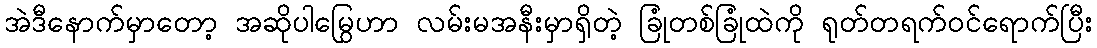
အဲဒီနောက်မှာတော့ အဆိုပါမြွေဟာ လမ်းမအနီးမှာရှိတဲ့ ခြုံတစ်ခြုံထဲကို ရုတ်တရက်ဝင်ရောက်ပြီး